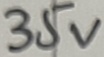
Text: 35V